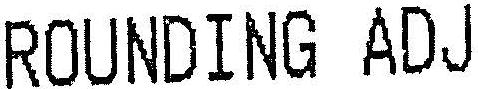
ROUNDING ADJ